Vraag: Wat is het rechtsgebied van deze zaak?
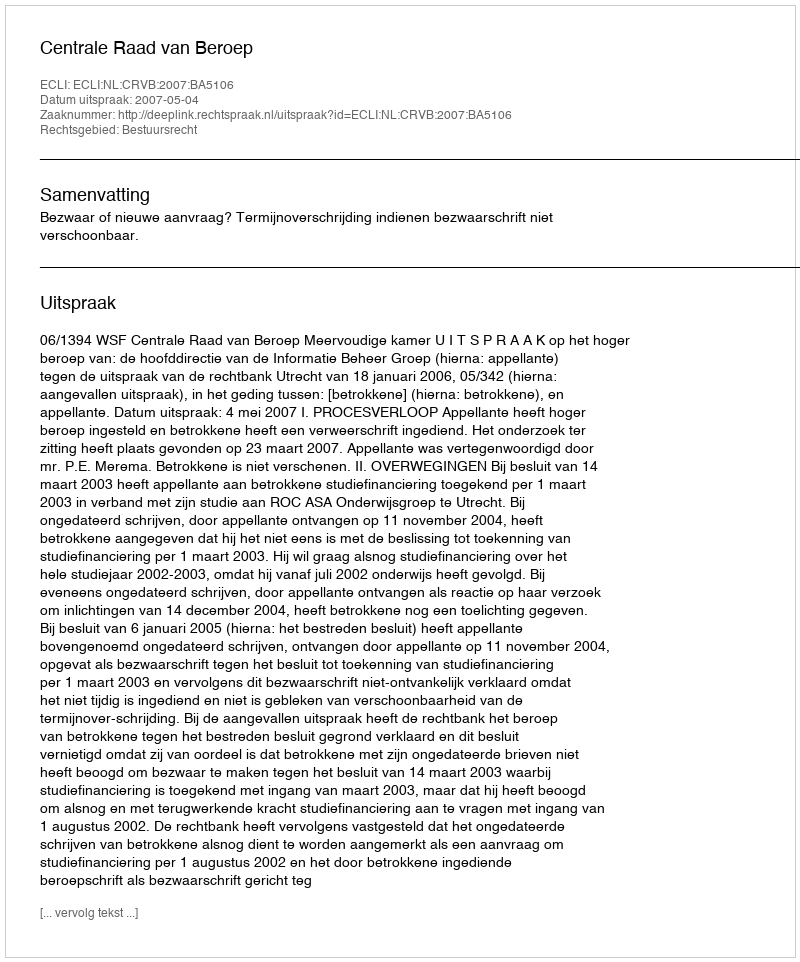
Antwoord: Bestuursrecht